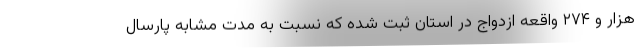
هزار و ۲۷۴ واقعه ازدواج در استان ثبت شده که نسبت به مدت مشابه پارسال